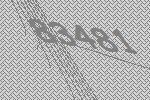
83481